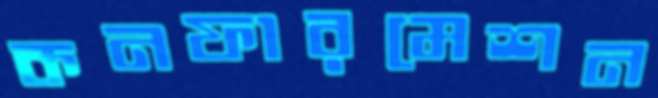
কনফারমেশন